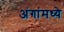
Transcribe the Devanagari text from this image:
अंगांमध्ये